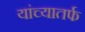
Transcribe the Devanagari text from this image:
यांच्यातर्फ